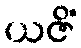
ယဇိံ